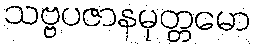
သဗ္ဗပဇာနမုတ္တမော